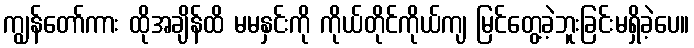
ကျွန်တော်ကား ထိုအချိန်ထိ မမနှင်းကို ကိုယ်တိုင်ကိုယ်ကျ မြင်တွေ့ခဲ့ဘူးခြင်းမရှိခဲ့ပေ။